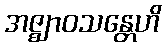
အဇ္ဈာဝသန္တေဟိ